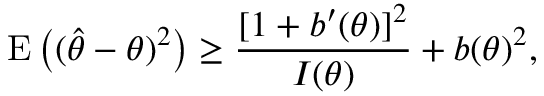
\operatorname { E } \left( ( { \hat { \theta } } - \theta ) ^ { 2 } \right) \geq { \frac { [ 1 + b ^ { \prime } ( \theta ) ] ^ { 2 } } { I ( \theta ) } } + b ( \theta ) ^ { 2 } ,